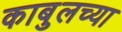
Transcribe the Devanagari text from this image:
काबुलच्या